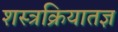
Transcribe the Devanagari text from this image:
शस्त्रक्रियातज्ञ